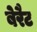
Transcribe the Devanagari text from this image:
बेरैट